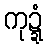
ကုဍ္ဍံ